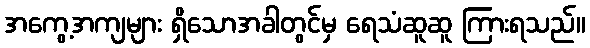
အကွေ့အကျများ ရှိသောအခါတွင်မှ ရေသံဆူဆူ ကြားရသည်။